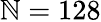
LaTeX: \mathbb{N}=128